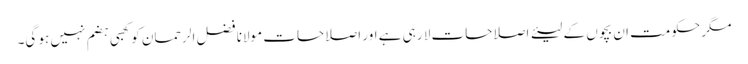
مگر حکومت ان بچوں کے لیئے اصلاحات لا رہی ہے اور اصلاحات مولانا فضل الرحمان کو کھبی ہضم نہیں ہو گی۔